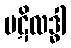
ပဋိလဒ္ဓါ